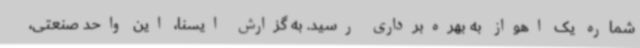
شماره یک اهواز به بهره‌برداری رسید. به گزارش ایسنا، این واحد صنعتی،